Course of training for teachers of mentally defective children conducted at Jordanhill Training Centre, Glasgow, 1932
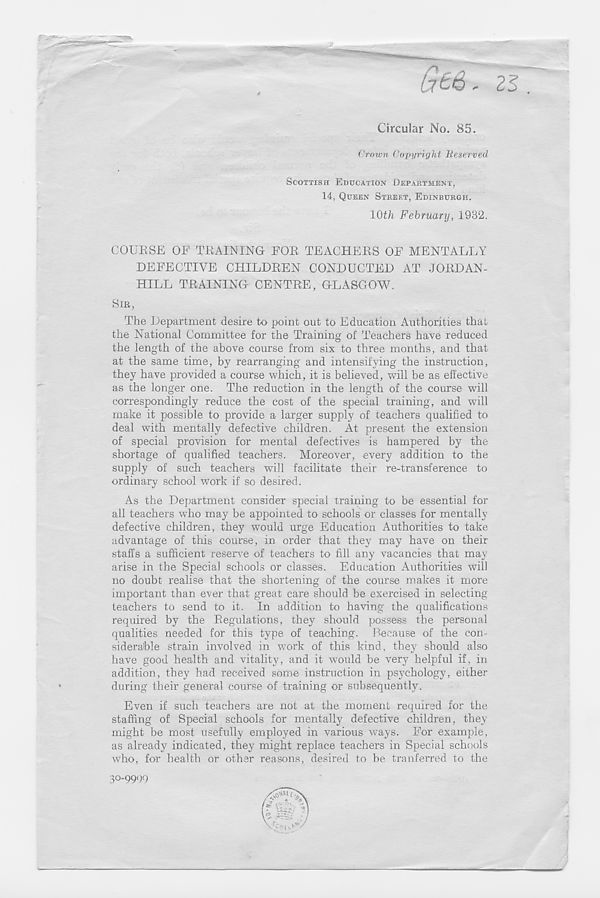
Ge&. 2
Circular No. 85.
Crown Copyright Reserved
SCOTTISH EDUCATION DEPARTMENT,
14, QUEEN STREET, EDINBURGH.
10th February, 1932.
COUESE OF TRAINING EOE TEACHERS OE MENTALLY
DEFECTIVE CHILDREN CONDUCTED AT JORDAN-
HILL TRAINING CENTRE, GLASGOW.
SIR,
The Department desire to point out to Education Authorities that
the National Committee for the Training of Teachers have reduced
the length of the above course from six to three months, and that
at the same time, by rearranging and intensifying the instruction,
they have provided a course which, it is believed, will be as effective
as the longer one. The reduction in the length of the course will
correspondingly reduce the cost of the special training, and will
make it possible to provide a larger supply of teachers qualified to
deal with mentally defective children. At present the extension
of special provision for mental defectives is hampered by the
shortage of qualified teachers. Moreover, every addition to the
supply of such teachers will facilitate their re-transference to
ordinary school work if so desired.
As the Department consider special training to be essential for
all teachers who may be appointed to schools or classes for mentally
defective children, they would urge Education Authorities to take
advantage of this course, in order that they may have on their
staffs a sufficient reserve of teachers to fill any vacancies that may
arise in the Special schools or classes. Education Authorities will
no doubt realise that the shortening of the course makes it more
important than ever that great care should be exercised in selecting
teachers to send to it. In addition to having the qualifications
required by the Regulations, they should possess the personal
qualities needed for this type of teaching. Because of the con-
siderable strain involved in work of this kind, they should also
have good health and vitality, and it would be very helpful if, in
addition, they had received some instruction in psychology, either
during their general course of training or subsequently.
Even if such teachers are not at the moment required for the
staffing of Special schools for mentally defective children, they
might be most usefully employed in various ways. For example,
as already indicated, they might replace teachers in Special schools
who, for health or other reasons, desired to be tranferred to the
3°-9999
L\j